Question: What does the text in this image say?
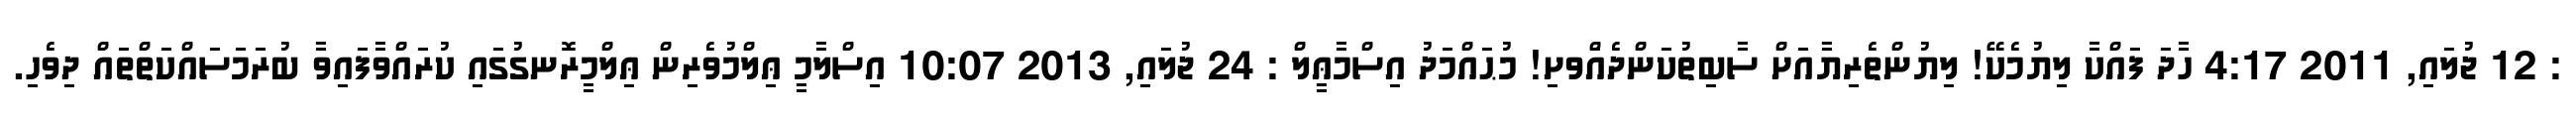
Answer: : 12 ޖުލައި, 2011 4:17 ހާދަ ފައްކާ ލިޔުމެކޭ! ލިޔުންތެރިޔާއަށް ސާބިތުކަންދެއަްވށި! މުޙައްމަދު އިސްމާޢީލް : 24 ޖުލައި, 2013 10:07 އިސްލާމީ ޢިލްމުވެރިން ޢިލްމީރޮނގުގައި ކުރައްވާފައިވާ ބުރަމަސައްކަތްތައް ދިވެހި.